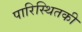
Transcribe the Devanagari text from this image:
पारिस्थितकी